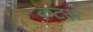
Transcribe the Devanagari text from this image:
कटड़ा